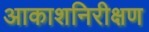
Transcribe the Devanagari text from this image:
आकाशनिरीक्षण